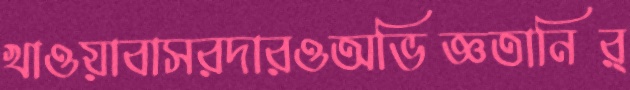
খাওয়াবাসরদারওঅভিজ্ঞতানির্